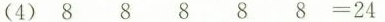
(4)8 8 8 8 8=24